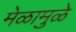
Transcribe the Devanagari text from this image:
मेळामुळे